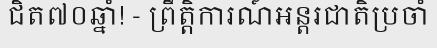
ជិត៧០ឆ្នាំ! - ព្រឹត្តិការណ៍អន្តរជាតិប្រចាំ